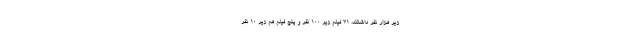
زیر هزار نفر داشتند، ۳۱ فیلم زیر ۱۰۰ نفر و پنج فیلم هم زیر ۱۰ نفر